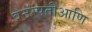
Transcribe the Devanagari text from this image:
वनस्पतीआणि